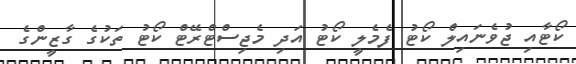
ކޯޓާއި ޖުވެނައިލް ކޯޓު ފެމެލީ ކޯޓު އަދި މެޖިސްޓްރޭޓް ކޯޓު ތަކުގެ ގާޒީންގެ